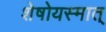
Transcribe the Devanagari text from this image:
शेषोयस्मात्